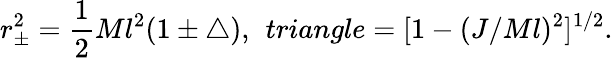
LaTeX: r_{\pm}^{2}=\frac{1}{2}Ml^{2}(1\pm\triangle),\ \, triangle=[1-(J/Ml)^{2}]^{1/2}.